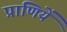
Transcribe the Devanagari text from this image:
प्राणियें